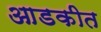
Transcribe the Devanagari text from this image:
आडकीत